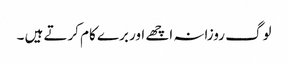
لوگ روزانہ اچھے اور برے کام کرتے ہیں ۔